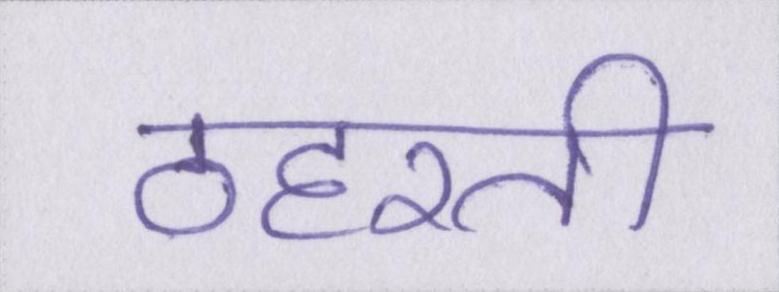
ठहरती